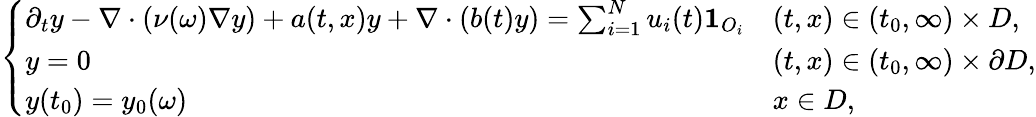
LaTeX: \left\{ \begin{array}{ll}{\partial_{t}y-\nabla\cdot(\nu(\omega)\nabla y)+a(t,x)y+\nabla\cdot(b(t)y)=\sum_{i=1}^{N}u_{i}(t)\mathbf{1}_{O_{i}}}&{(t,x)\in(t_{0},\infty)\times D,}\\ {y=0}&{(t,x)\in(t_{0},\infty)\times\partial D,}\\ {y(t_{0})=y_{0}(\omega)}&{x\in D,}\end{array}\right.